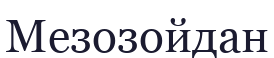
Мезозойдан